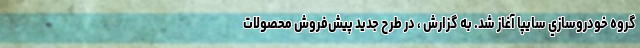
گروه خودروسازي سايپا آغاز شد. به گزارش ، در طرح جديد پيش‌فروش محصولات